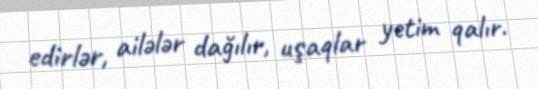
edirlər, ailələr dağılır, uşaqlar yetim qalır.